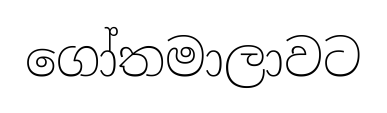
ගෝතමාලාවට